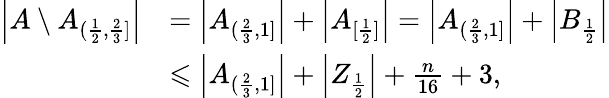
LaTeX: \begin{array}{rl}{\left|A\setminus A_{(\frac{1}{2},\frac{2}{3}]}\right|}&{=\left|A_{(\frac{2}{3},1]}\right|+\left|A_{[\frac{1}{2}]}\right|=\left|A_{(\frac{2}{3},1]}\right|+\left|B_{\frac{1}{2}}\right|}\\ &{\leqslant\left|A_{(\frac{2}{3},1]}\right|+\left|Z_{\frac{1}{2}}\right|+\frac{n}{16}+3,}\end{array}